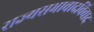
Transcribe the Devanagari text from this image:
राज्यसभावादविवाद